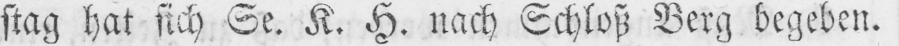
stag hat sich Se. K. H. nach Schloß Berg begeben.